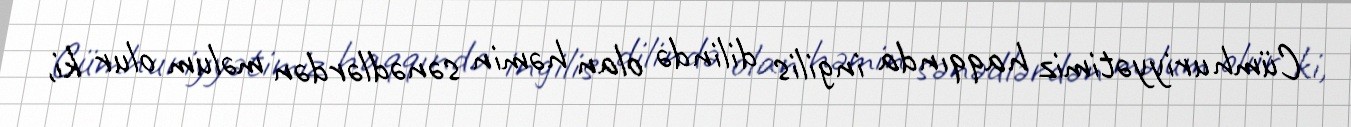
Cümhuriyyətimiz haqqında ingilis dilində olan həmin sənədlərdən məlum olur ki,